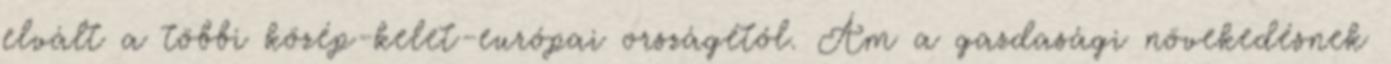
elvált a többi közép-kelet-európai országétól. Ám a gazdasági növekedésnek